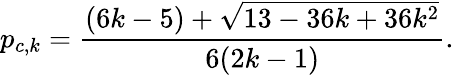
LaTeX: p_{c,k}=\frac{(6k-5)+\sqrt{13-36k+36k^{2}}}{6(2k-1)}.